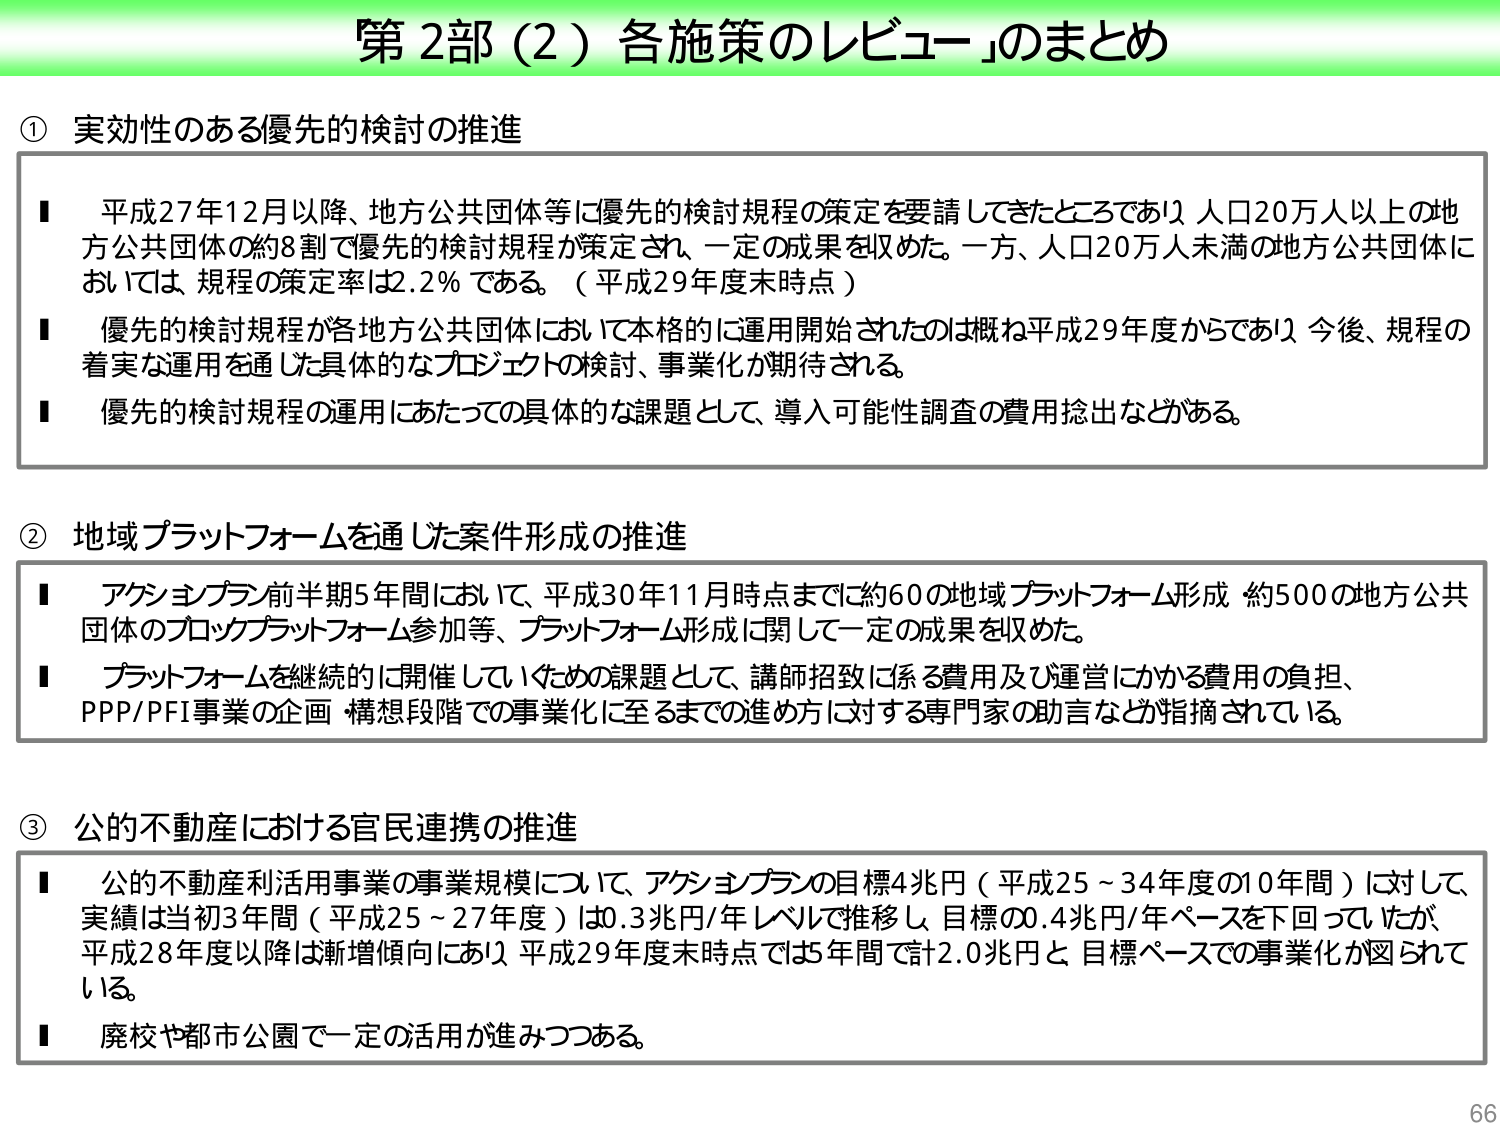
第2部（2）各施策のレビュー」のまとめ

① 実効性のある優先的検討の推進
■ 平成27年12月以降、地方公共団体等に優先的検討規程の策定を要請してきたところであり、人口20万人以上的地方公共団体の約8割で優先的検討規程が策定され、一定の成果を収めた。一方、人口20万人未満の地方公共団体については、規程の策定率は2.2％である。（平成29年度末時点）
■ 優先的検討規程が各地方公共団体において本格的に運用開始されたのは概ね平成29年度からであり、今後、規程の着実な運用を通じた具体的なプロジェクトの検討、事業化が期待される。
■ 優先的検討規程の運用にあたっての具体的な課題として、導入可能性調査の費用捻出などがある。

② 地域プラットフォームを通じた案件形成の推進
■ アクションプラン前半期5年間において、平成30年11月時点までに約60の地域プラットフォーム形成、約500の地方公共団体のブロックプラットフォーム参加等、プラットフォーム形成に関して一定の成果を収めた。
■ プラットフォームを継続的に開催していくための課題として、講師招致に係る費用及び運営にかかる費用の負担、PPP/PFI事業の企画・構想段階での事業化に至るまでの進め方に対する専門家の助言などが指摘されている。

③ 公的不動産における官民連携の推進
■ 公的不動産利活用事業の事業規模について、アクションプランの目標4兆円（平成25～34年度の10年間）に対して、実績は当初3年間（平成25～27年度）は0.3兆円/年レベルで推移し、目標の0.4兆円/年ペースを下回っていたが、平成28年度以降は漸増傾向にあり、平成29年度末時点で5年間で計2.0兆円と、目標ペースでの事業化が図られている。
■ 廃校や都市公園で一定の活用が進みつつある。

66